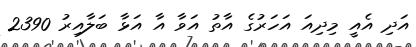
އަދި އެއީ މިދިއަ އަހަރުގެ އާތު އަވާ އާ އަޅާ ބަލާއިރު 2390